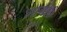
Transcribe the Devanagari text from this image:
लागसी